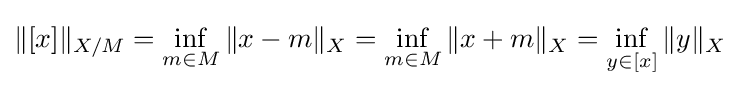
\|[x]\|_{X/M}=\inf _{m\in M}\|x-m\|_{X}=\inf _{m\in M}\|x+m\|_{X}=\inf _{y\in [x]}\|y\|_{X}